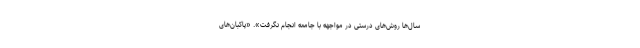
سال‌ها روش‌های درستی در مواجهه با جامعه انجام نگرفت». «پاکبان‌های